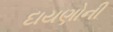
દાયણોની